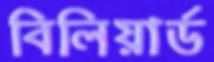
বিলিয়ার্ড